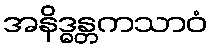
အနိဒ္ဓန္တကသာဝံ